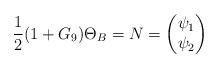
LaTeX: \begin{align*}\frac{1}{2} (1+G_9)\Theta_B=N=\begin{pmatrix} \psi_1\\ \psi_2\end{pmatrix}\end{align*}